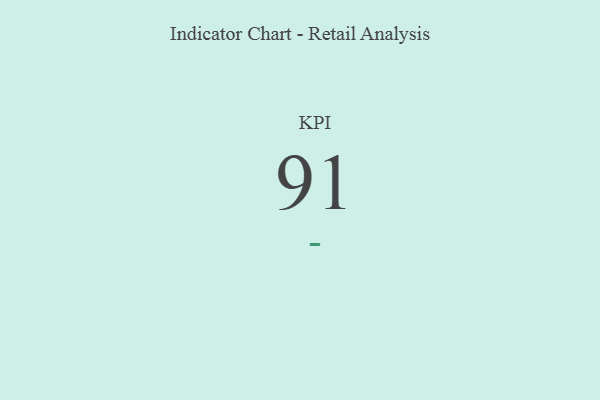
{"axis": {"x": "KPI", "y": "Value"}, "legend": [""], "data": [{"x": "KPI", "y": 91, "type": ""}]}